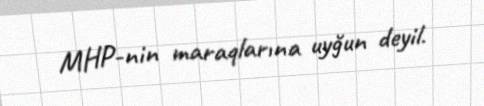
MHP-nin maraqlarına uyğun deyil.